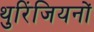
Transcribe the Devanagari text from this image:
थुरिंजियनों